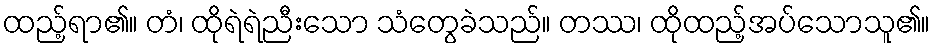
ထည့်ရာ၏။ တံ၊ ထိုရဲရဲညီးသော သံတွေခဲသည်။ တဿ၊ ထိုထည့်အပ်သောသူ၏။